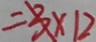
= 3 \times 1 2